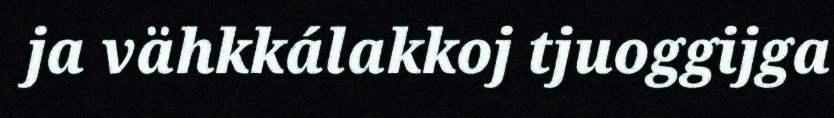
ja vähkkálakkoj tjuoggijga